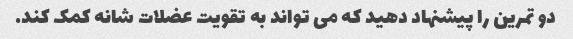
دو تمرین را پیشنهاد دهید که می تواند به تقویت عضلات شانه کمک کند.